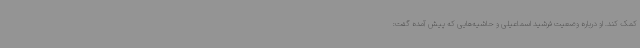
کمک کند. او درباره وضعیت فرشید اسماعیلی و حاشیه‌هایی که پیش آمده گفت: